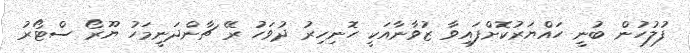
ފުލުހުން ބުނީ ހައްޔަރުކޮށްފައިވާ ޒުވާނާއަކީ ހޮނިހިރު ދުވަހު ރޭ ޗާންދަނީމަހު ޔޫރޯ ސްޓޯރު